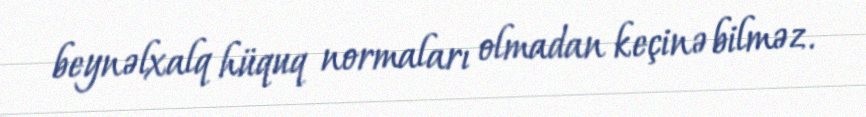
beynəlxalq hüquq normaları olmadan keçinə bilməz.